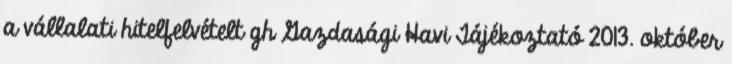
a vállalati hitelfelvételt gh Gazdasági Havi Tájékoztató 2013. október